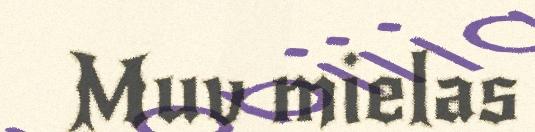
Muv mielas